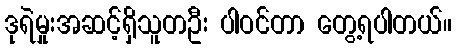
ဒုရဲမှုးအဆင့်ရှိသူတဦး ပါဝင်တာ တွေ့ရပါတယ်။